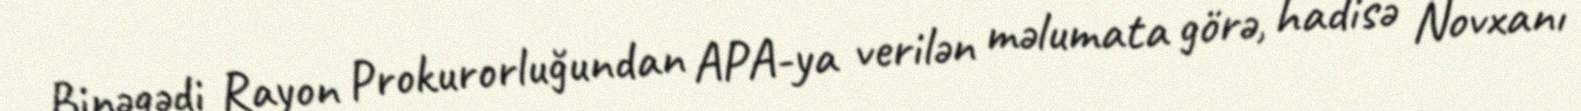
Binəqədi Rayon Prokurorluğundan APA-ya verilən məlumata görə, hadisə Novxanı